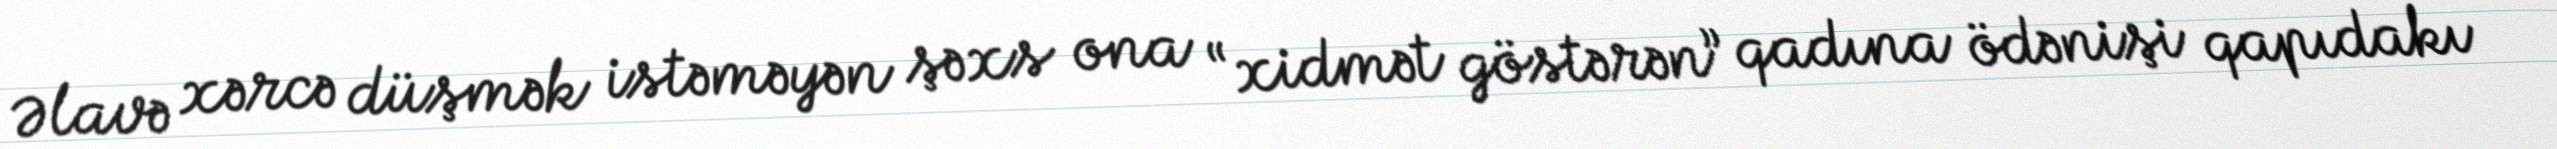
Əlavə xərcə düşmək istəməyən şəxs ona “xidmət göstərən” qadına ödənişi qapıdakı